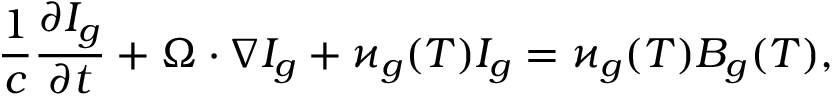
\frac { 1 } { c } \frac { \partial I _ { g } } { \partial t } + \boldsymbol { \Omega } \cdot \boldsymbol { \nabla } I _ { g } + \varkappa _ { g } ( T ) I _ { g } = \varkappa _ { g } ( T ) B _ { g } ( T ) ,